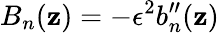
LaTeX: B_{n}(\mathbf{z})=-\epsilon^{2}b_{n}^{\prime\prime}(\mathbf{z})